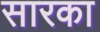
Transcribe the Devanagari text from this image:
सारका